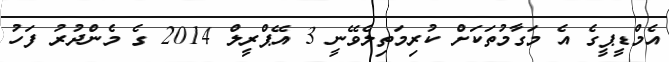
އެމްޑީޕީގެ އެ މަގާމުތަކަށް ކުރިމަތިލެވޭނީ 3 އޭޕްރީލް 2014 ގެ މެންދުރު ފަހު